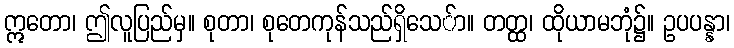
ဣတော၊ ဤလူပြည်မှ။ စုတာ၊ စုတေကုန်သည်ရှိသေ်ာ။ တတ္ထ၊ ထိုယာမဘုံ၌။ ဥပပန္နာ၊